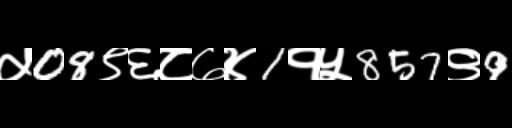
Text: ५08९६८७४1१५857९9